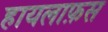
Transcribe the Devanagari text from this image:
हायलाफ़स